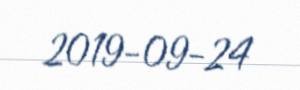
2019-09-24